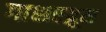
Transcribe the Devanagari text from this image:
गाशरब्रूम